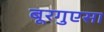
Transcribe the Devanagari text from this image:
बूरगुएसा